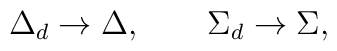
\Delta_d \rightarrow \Delta, \qquad\Sigma_d \rightarrow \Sigma,